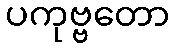
ပကုဗ္ဗတော